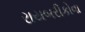
રાયબરીકોવા